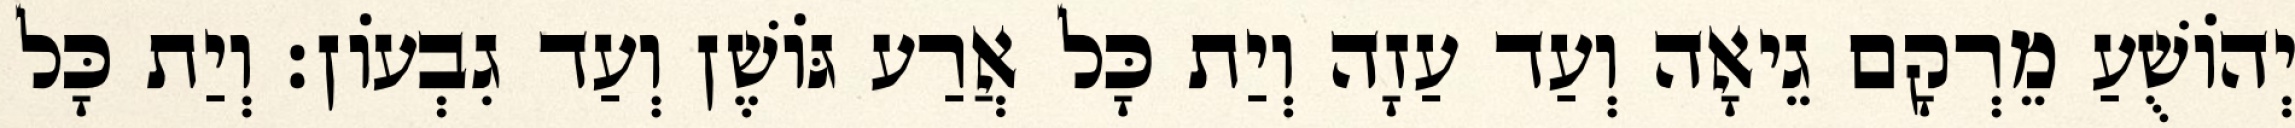
יְהוֹשֻׁעַ מֵרְקָם גֵיאָה וְעַד עַזָה וְיַת כָּל אֲרַע גּוֹשֶׁן וְעַד גִבְעוֹן׃ וְיַת כָּל